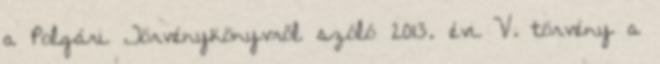
a Polgári Törvénykönyvről szóló 2013. évi V. törvény a